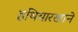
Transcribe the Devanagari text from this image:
हथियारखाने